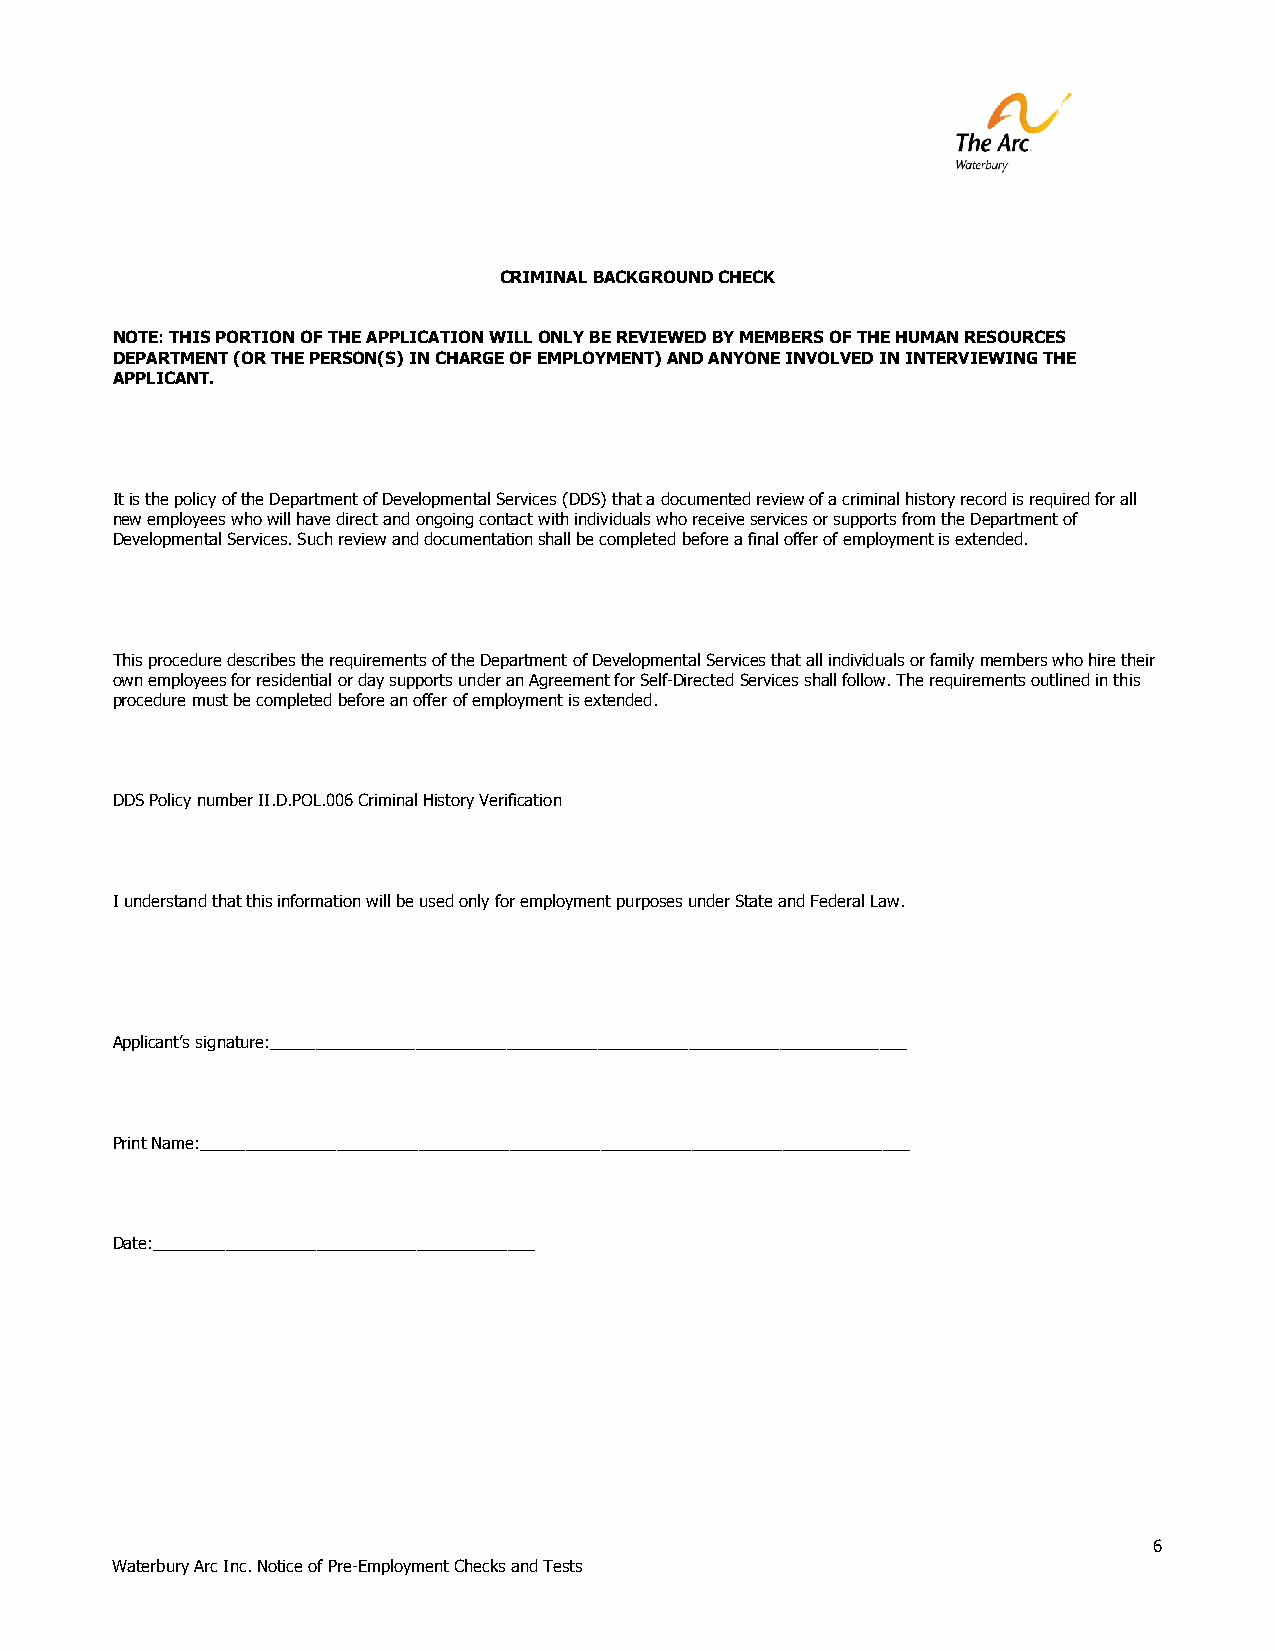
CRIMINAL BACKGROUND CHECK
 NOTE: THIS PORTION OF THE APPLICATION WILL ONLY BE REVIEWED BY MEMBERS OF THE HUMAN RESOURCES
 DEPARTMENT (OR THE PERSON(S) IN CHARGE OF EMPLOYMENT) AND ANYONE INVOLVED IN INTERVIEWING THE
 APPLICANT.
 It is the policy of the Department of Developmental Services (DDS) that a documented review of a criminal history record is required for all
 new employees who will have direct and ongoing contact with individuals who receive services or supports from the Department of
 Developmental Services. Such review and documentation shall be completed before a final offer of employment is extended.
 This procedure describes the requirements of the Department of Developmental Services that all individuals or family members who hire their
 own employees for residential or day supports under an Agreement for Self-Directed Services shall follow. The requirements outlined in this
 procedure must be completed before an offer of employment is extended.
 DDS Policy number II.D.POL.006 Criminal History Verification
 I understand that this information will be used only for employment purposes under State and Federal Law.
 Applicant’s signature:______________________________________________________________________
 Print Name:______________________________________________________________________________
 Date:__________________________________________
 6
 Waterbury Arc Inc. Notice of Pre-Employment Checks and Tests